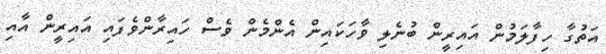
އަތުގާ ހިފާލަމުން އައިރީން ބުނެލި ވާހަކައިން އެންމެން ވެސް ހައިރާންވެފައި އައިރީން އާއި